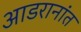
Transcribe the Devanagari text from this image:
आडरानांत